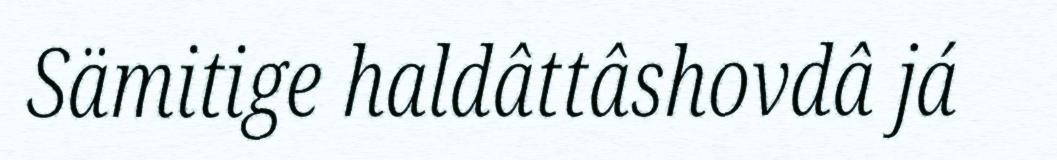
Sämitige haldâttâshovdâ já